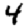
Digit: 4